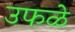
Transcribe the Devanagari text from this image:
उफळे